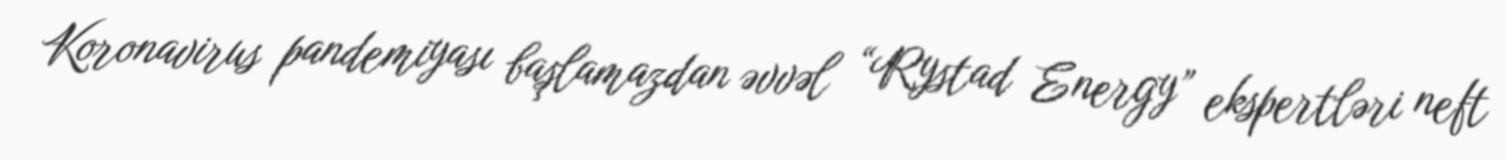
Koronavirus pandemiyası başlamazdan əvvəl “Rystad Energy” ekspertləri neft